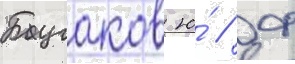
Бугаков ю́ // Ф